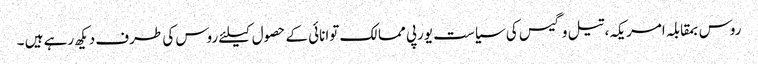
روس بمقابلہ امریکہ، تیل و گیس کی سیاست یورپی ممالک توانائی کے حصول کیلئے روس کی طرف دیکھ رہے ہیں ۔